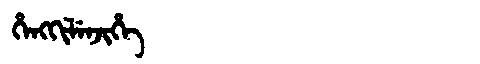
Manchu: ᡥᡝᠩᡴᡳᠯᡝᠨᠵᡳᡥᡝ
Romanization: HENGKILENJIHE